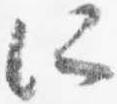
所